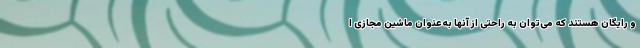
و رایگان هستند که می‌توان به راحتی از آنها به‌عنوان ماشین مجازی ا